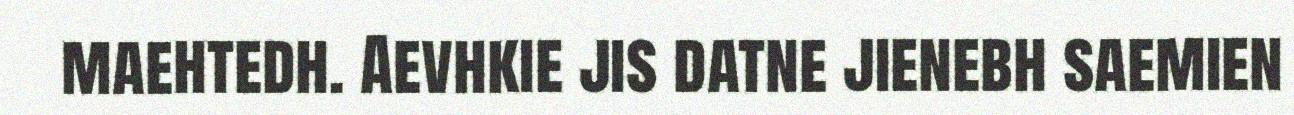
maehtedh. Aevhkie jis datne jienebh saemien